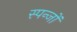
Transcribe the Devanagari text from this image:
स्पन्जों